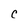
Character: C